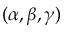
( \alpha , \beta , \gamma )